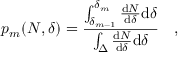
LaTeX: p _ { m } ( N , \delta ) = \frac { \int _ { \delta _ { m - 1 } } ^ { \delta _ { m } } \frac { \mathrm { d } N } { \mathrm { d } \delta } \mathrm { d } \delta } { \int _ { \Delta } \frac { \mathrm { d } N } { \mathrm { d } \delta } \mathrm { d } \delta } \quad ,